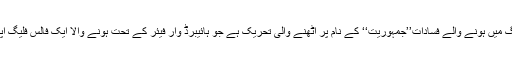
ہانگ کانگ میں ہونے والے فسادات’’جمہوریت‘‘ کے نام پر اٹھنے والی تحریک ہے جو ہائیبرڈ وار فیئر کے تحت ہونے والا ایک فالس فلیگ آپریشن ہے۔